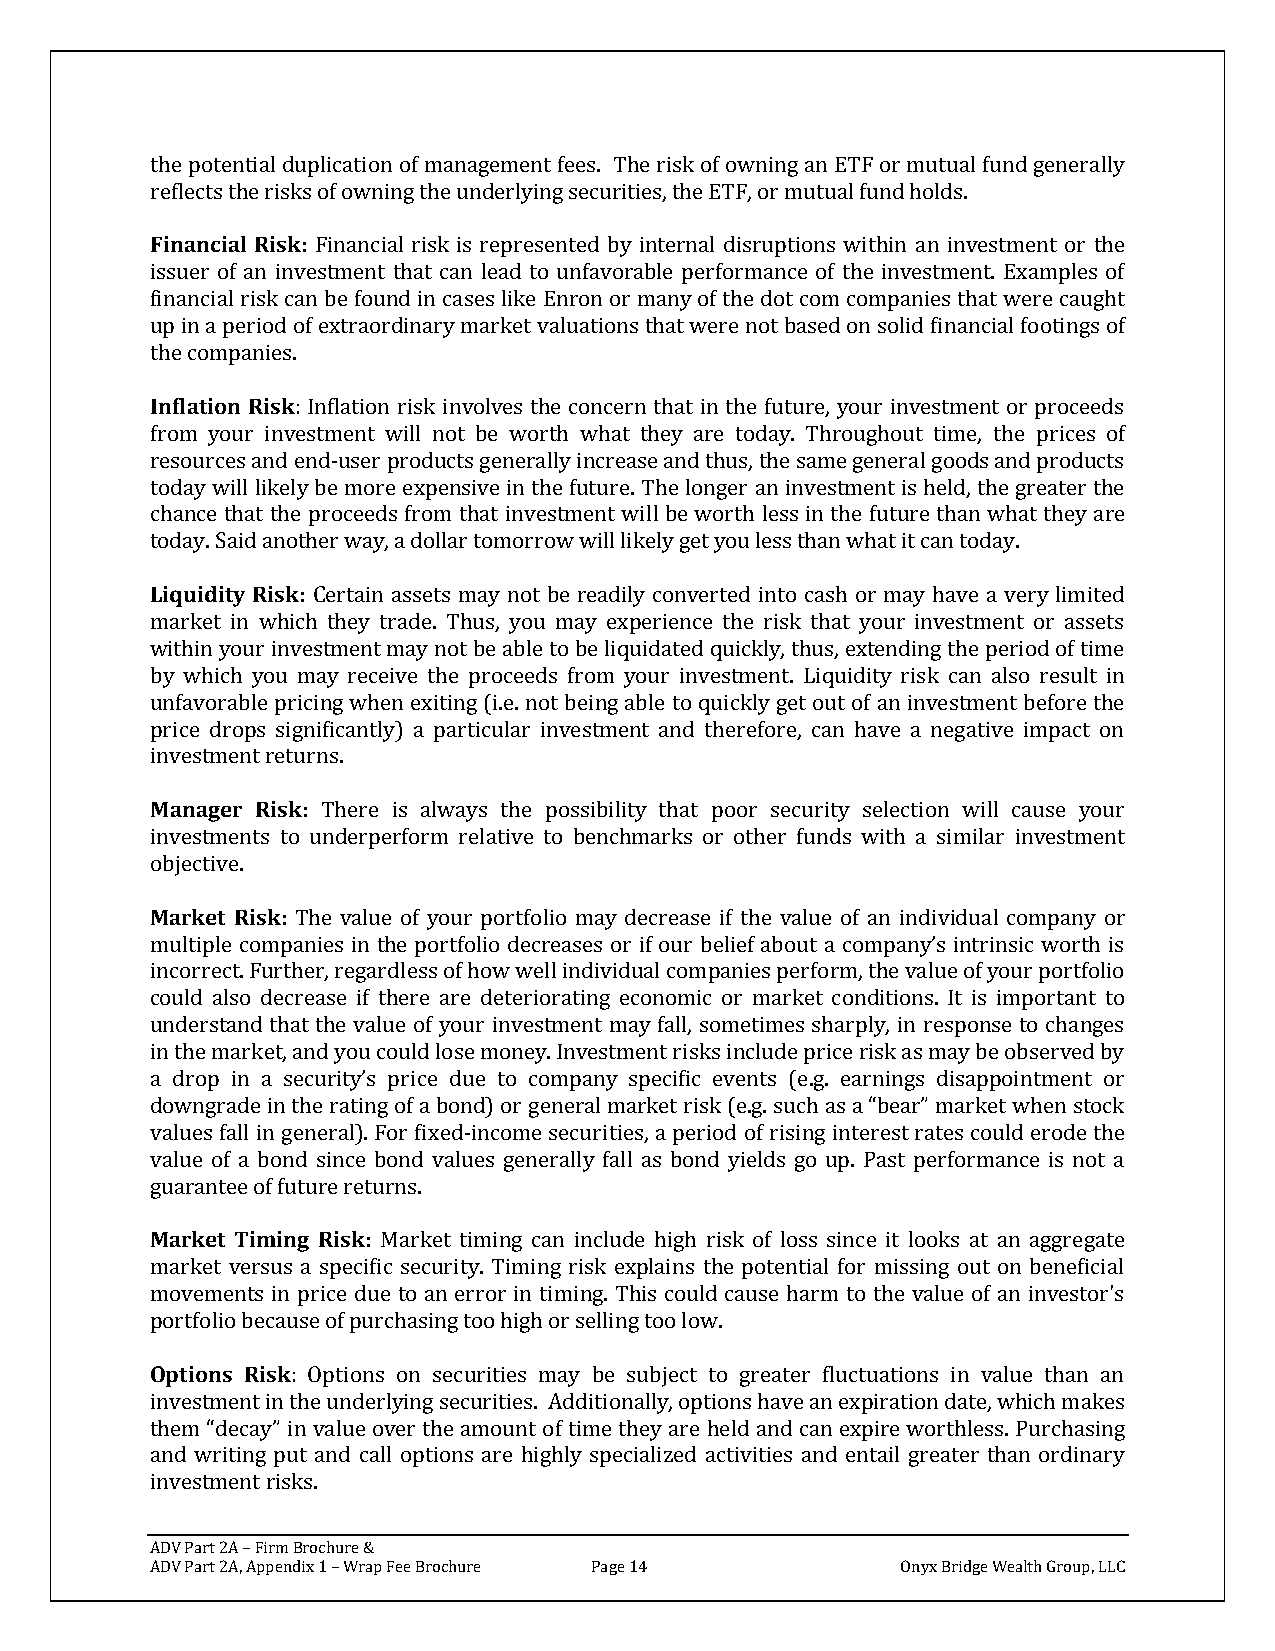
the potential duplication of management fees. The risk of owning an ETF or mutual fund generally
 reflects the risks of owning the underlying securities, the ETF, or mutual fund holds.
 Financial Risk: Financial risk is represented by internal disruptions within an investment or the
 issuer of an investment that can lead to unfavorable performance of the investment. Examples of
 financial risk can be found in cases like Enron or many of the dot com companies that were caught
 up in a period of extraordinary market valuations that were not based on solid financial footings of
 the companies.
 Inflation Risk: Inflation risk involves the concern that in the future, your investment or proceeds
 from your investment will not be worth what they are today. Throughout time, the prices of
 resources and end-user products generally increase and thus, the same general goods and products
 today will likely be more expensive in the future. The longer an investment is held, the greater the
 chance that the proceeds from that investment will be worth less in the future than what they are
 today. Said another way, a dollar tomorrow will likely get you less than what it can today.
 Liquidity Risk: Certain assets may not be readily converted into cash or may have a very limited
 market in which they trade. Thus, you may experience the risk that your investment or assets
 within your investment may not be able to be liquidated quickly, thus, extending the period of time
 by which you may receive the proceeds from your investment. Liquidity risk can also result in
 unfavorable pricing when exiting (i.e. not being able to quickly get out of an investment before the
 price drops significantly) a particular investment and therefore, can have a negative impact on
 investment returns.
 Manager Risk: There is always the possibility that poor security selection will cause your
 investments to underperform relative to benchmarks or other funds with a similar investment
 objective.
 Market Risk: The value of your portfolio may decrease if the value of an individual company or
 multiple companies in the portfolio decreases or if our belief about a company’s intrinsic worth is
 incorrect. Further, regardless of how well individual companies perform, the value of your portfolio
 could also decrease if there are deteriorating economic or market conditions. It is important to
 understand that the value of your investment may fall, sometimes sharply, in response to changes
 in the market, and you could lose money. Investment risks include price risk as may be observed by
 a drop in a security’s price due to company specific events (e.g. earnings disappointment or
 downgrade in the rating of a bond) or general market risk (e.g. such as a “bear” market when stock
 values fall in general). For fixed-income securities, a period of rising interest rates could erode the
 value of a bond since bond values generally fall as bond yields go up. Past performance is not a
 guarantee of future returns.
 Market Timing Risk: Market timing can include high risk of loss since it looks at an aggregate
 market versus a specific security. Timing risk explains the potential for missing out on beneficial
 movements in price due to an error in timing. This could cause harm to the value of an investor's
 portfolio because of purchasing too high or selling too low.
 Options Risk: Options on securities may be subject to greater fluctuations in value than an
 investment in the underlying securities. Additionally, options have an expiration date, which makes
 them “decay” in value over the amount of time they are held and can expire worthless. Purchasing
 and writing put and call options are highly specialized activities and entail greater than ordinary
 investment risks.
 ADV Part 2A – Firm Brochure &
 ADV Part 2A, Appendix 1 – Wrap Fee Brochure Page 14 Onyx Bridge Wealth Group, LLC